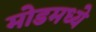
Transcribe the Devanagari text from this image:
मोडमध्ये